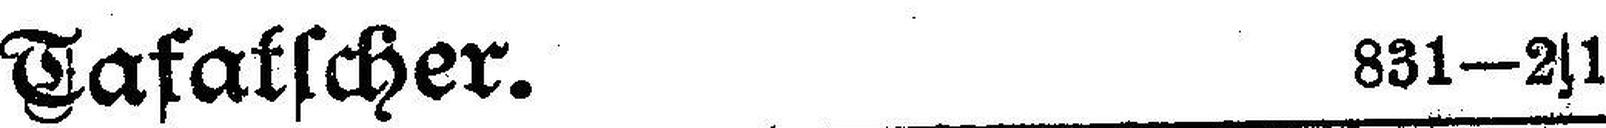
Tafatscher. 831—2|1